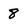
Character: 8